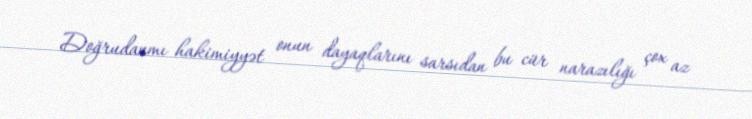
Doğrudanmı hakimiyyət onun dayaqlarını sarsıdan bu cür narazılığı çox az